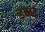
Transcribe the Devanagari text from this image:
डब्बह